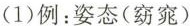
(1)例：姿态(窈窕)